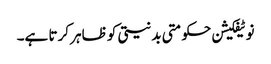
نوٹیفکیشن حکومتی بدنیتی کو ظاہر کرتا ہے۔